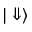
| \Downarrow \rangle